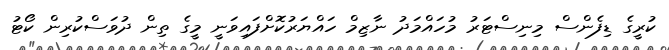
ކުރީގެ ޑިފެންސް މިނިސްޓަރު މުހައްމަދު ނާޒިމް ހައްޔަރުކޮށްފައިވަނީ މީގެ ތިން ދުވަސްކުރިން ކޯޓު